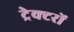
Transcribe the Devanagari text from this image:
ट्रेक्टरों